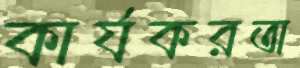
কার্যকরতা